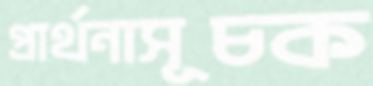
প্রার্থনাসূচক